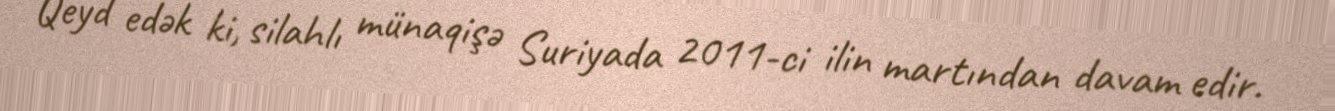
Qeyd edək ki, silahlı münaqişə Suriyada 2011-ci ilin martından davam edir.